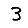
Digit: 3